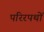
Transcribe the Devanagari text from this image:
परिरपथों